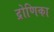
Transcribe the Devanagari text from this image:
द्रोणिका